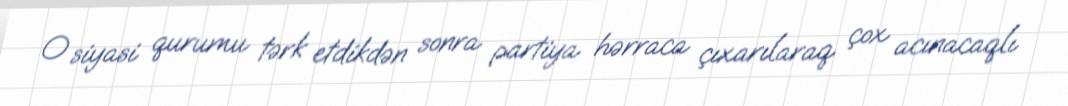
O siyasi qurumu tərk etdikdən sonra partiya hərraca çıxarılaraq çox acınacaqlı